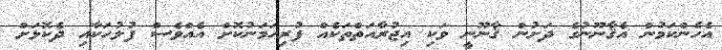
އެހެންކަމުން އެޤާނޫނުގެ ދަށުން ޤާނޫނީ ވަކި އިޖުރާއަތްތަކެއް ފުރިހަމަނުކޮށް އެއްވެސް ފުލުހަކާއި ދެކޮޅަށް